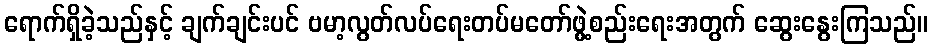
ရောက်ရှိခဲ့သည်နှင့် ချက်ချင်းပင် ဗမာ့လွတ်လပ်ရေးတပ်မတော်ဖွဲ့စည်းရေးအတွက် ဆွေးနွေးကြသည်။